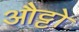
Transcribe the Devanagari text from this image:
औट्टो